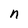
Character: n